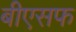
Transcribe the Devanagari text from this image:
बीएसफ